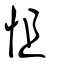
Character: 怚